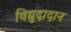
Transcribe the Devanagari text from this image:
विद्युदादान